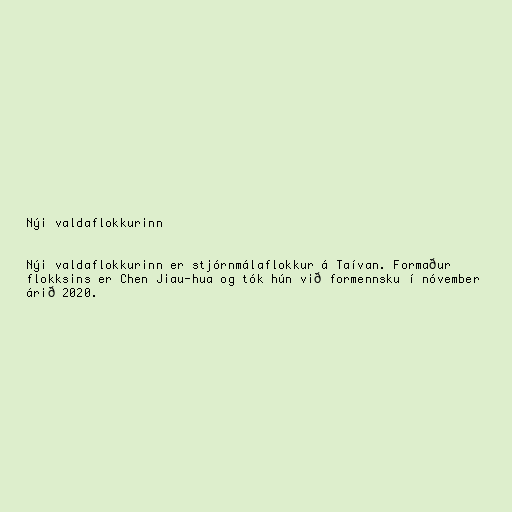
Nýi valdaflokkurinn

Nýi valdaflokkurinn er stjórnmálaflokkur á Taívan. Formaður
flokksins er Chen Jiau-hua og tók hún við formennsku í nóvember
árið 2020.